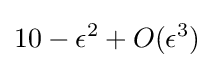
10-\epsilon ^{2}+O(\epsilon ^{3})